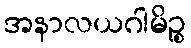
အနာလယဂါမိဉ္စ